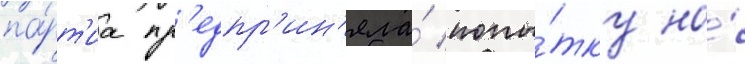
па́рт'иа пр'едпр'ин'яла́ попы́тку на́